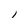
Character: l